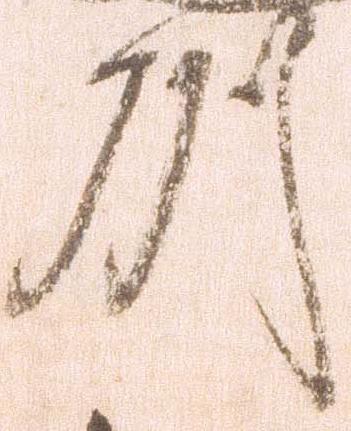
州